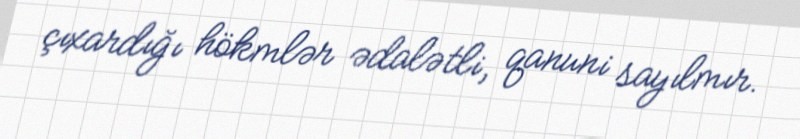
çıxardığı hökmlər ədalətli, qanuni sayılmır.